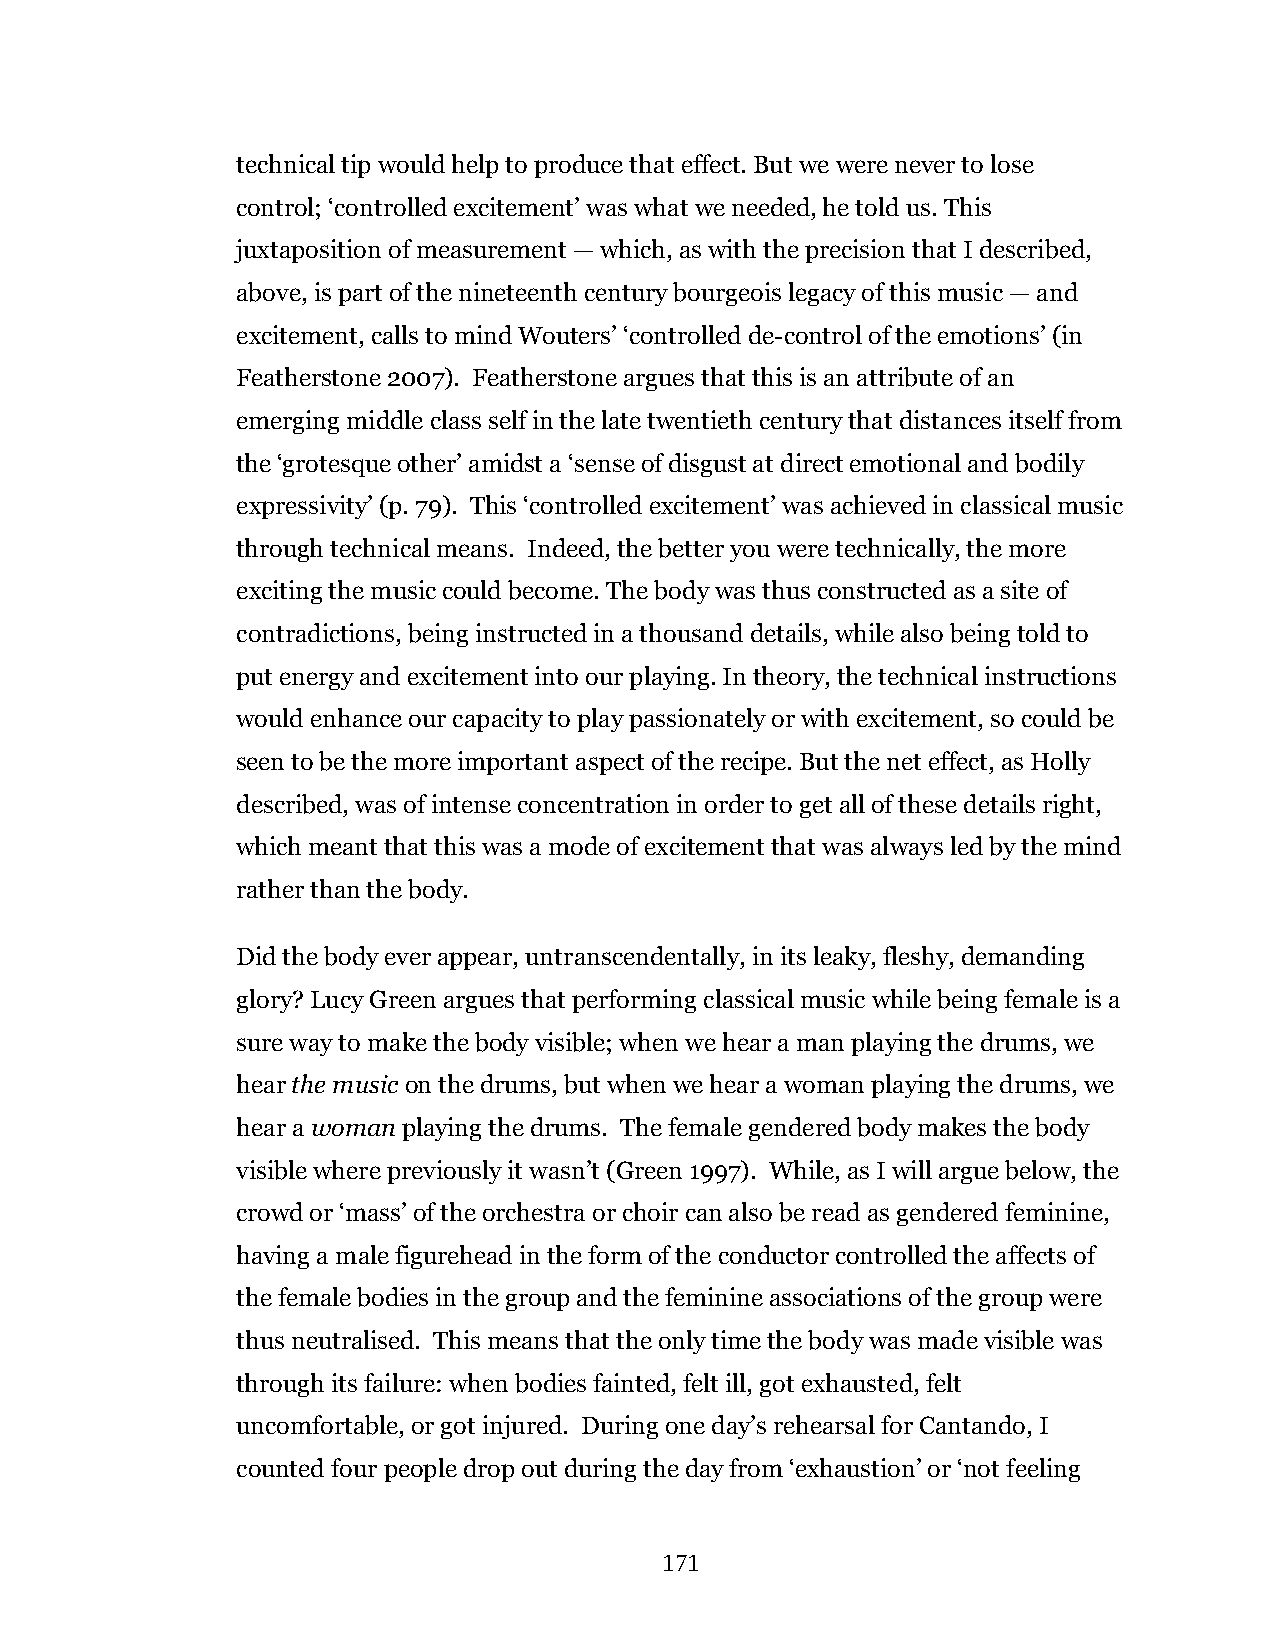
technical tip would help to produce that effect. But we were never to lose
 control; ‘controlled excitement’ was what we needed, he told us. This
 juxtaposition of measurement — which, as with the precision that I described,
 above, is part of the nineteenth century bourgeois legacy of this music — and
 excitement, calls to mind Wouters’ ‘controlled de-control of the emotions’ (in
 Featherstone 2007). Featherstone argues that this is an attribute of an
 emerging middle class self in the late twentieth century that distances itself from
 the ‘grotesque other’ amidst a ‘sense of disgust at direct emotional and bodily
 expressivity’ (p. 79). This ‘controlled excitement’ was achieved in classical music
 through technical means. Indeed, the better you were technically, the more
 exciting the music could become. The body was thus constructed as a site of
 contradictions, being instructed in a thousand details, while also being told to
 put energy and excitement into our playing. In theory, the technical instructions
 would enhance our capacity to play passionately or with excitement, so could be
 seen to be the more important aspect of the recipe. But the net effect, as Holly
 described, was of intense concentration in order to get all of these details right,
 which meant that this was a mode of excitement that was always led by the mind
 rather than the body.
 Did the body ever appear, untranscendentally, in its leaky, fleshy, demanding
 glory? Lucy Green argues that performing classical music while being female is a
 sure way to make the body visible; when we hear a man playing the drums, we
 hear the music on the drums, but when we hear a woman playing the drums, we
 hear a woman playing the drums. The female gendered body makes the body
 visible where previously it wasn’t (Green 1997). While, as I will argue below, the
 crowd or ‘mass’ of the orchestra or choir can also be read as gendered feminine,
 having a male figurehead in the form of the conductor controlled the affects of
 the female bodies in the group and the feminine associations of the group were
 thus neutralised. This means that the only time the body was made visible was
 through its failure: when bodies fainted, felt ill, got exhausted, felt
 uncomfortable, or got injured. During one day’s rehearsal for Cantando, I
 counted four people drop out during the day from ‘exhaustion’ or ‘not feeling
 171